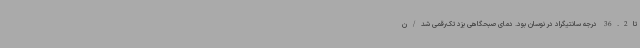
تا36.2 درجه سانتیگراد در نوسان بود. دمای صبحگاهی یزد تک‌رقمی شد/ن